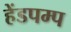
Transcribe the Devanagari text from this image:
हेंडपम्प